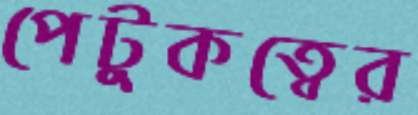
পেটুকত্বের